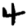
Digit: 4